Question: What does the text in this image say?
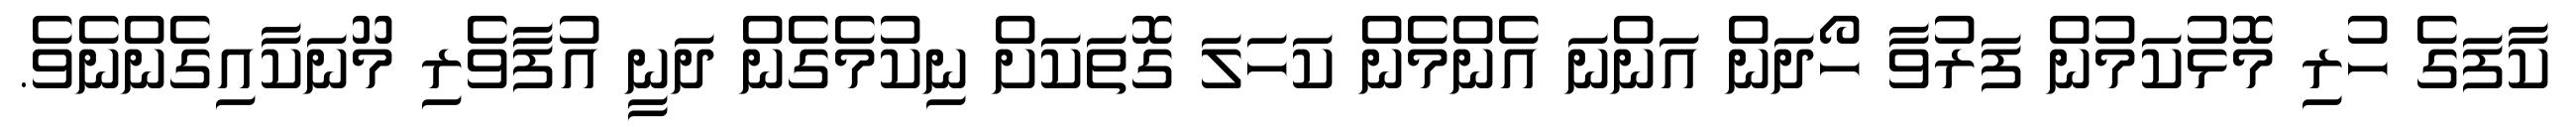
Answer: ކާފަގެ ހުރި މޮޅުކަމުން ފަރުވާ ހޯދަން އަންނަ އެންމެން ކަހަލަ ގޮތަކަށް ނިކުމެގެން ދަނީ އުފާވެރި މޫނަކާއިގެންނެވެ.